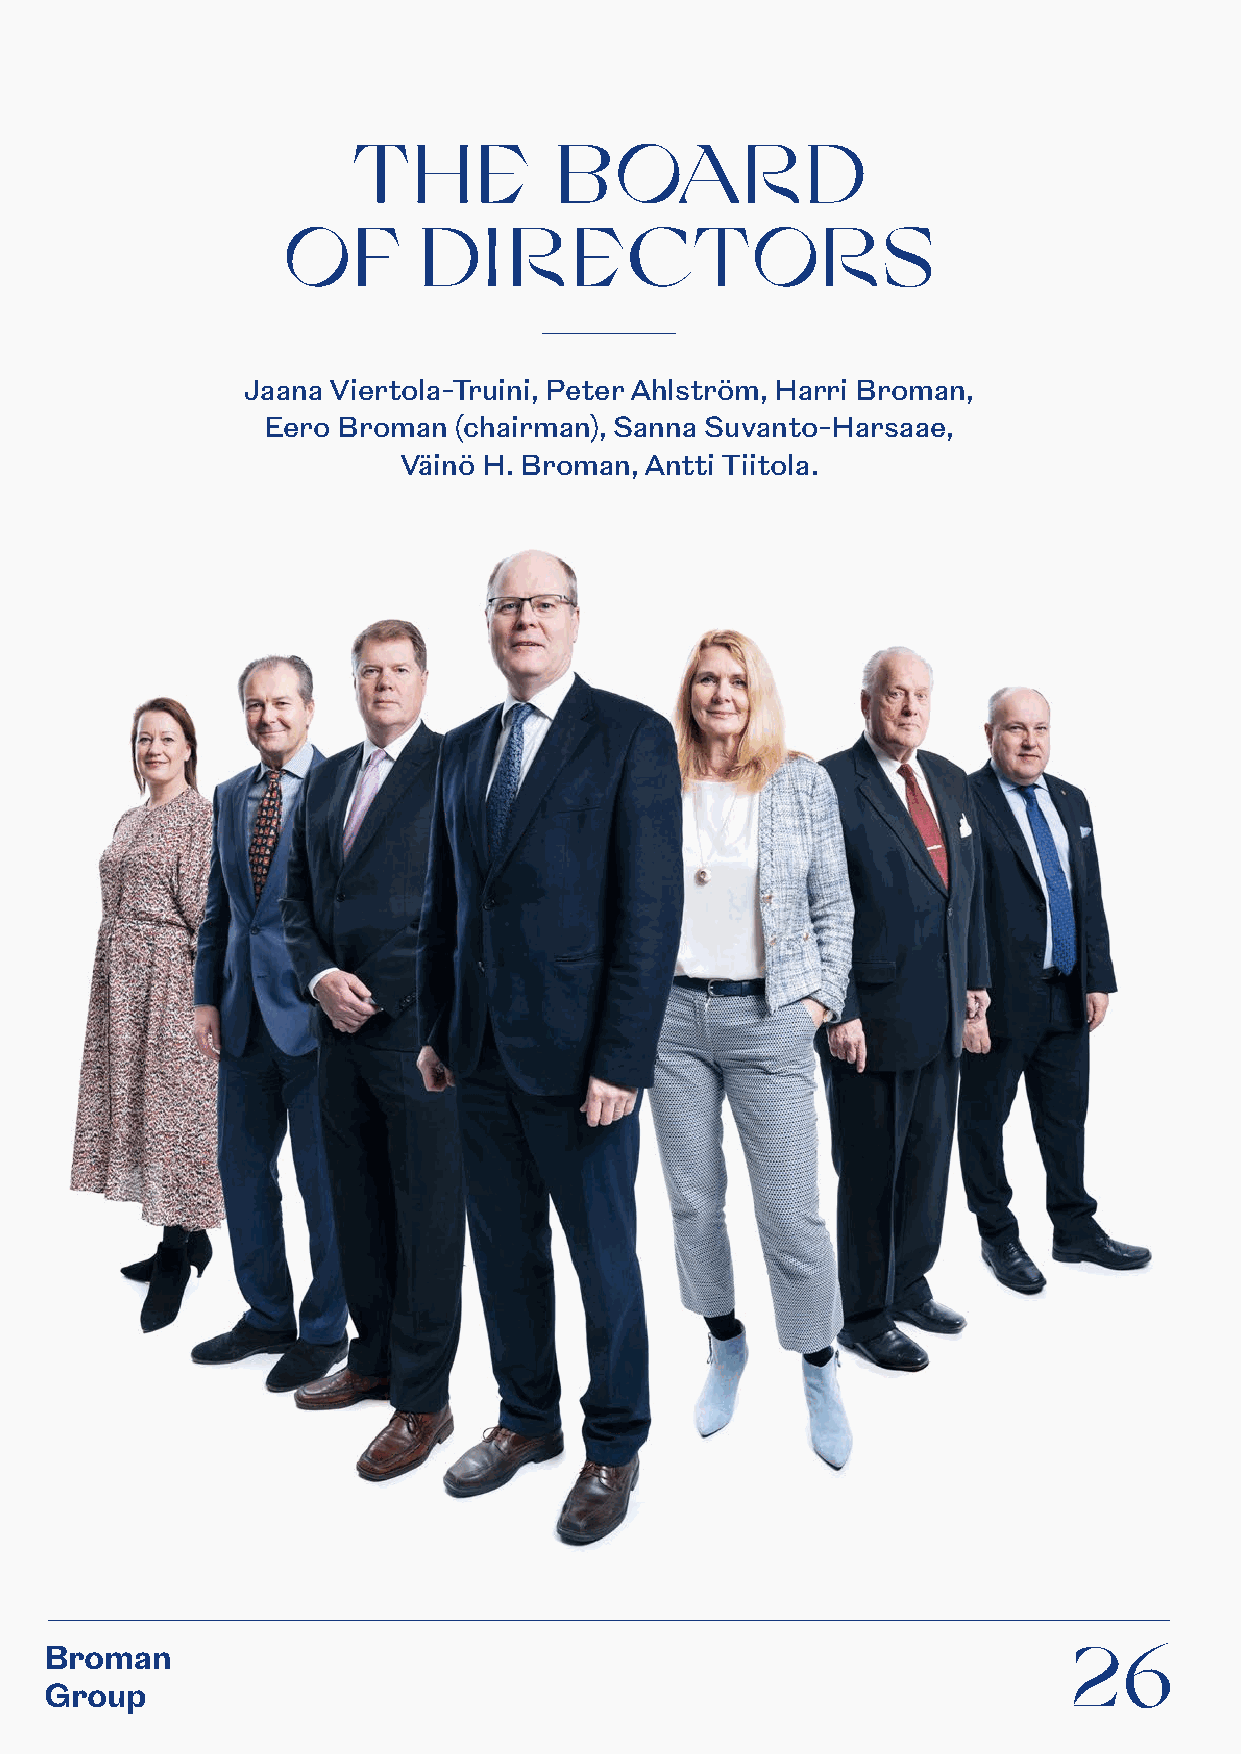
TH      E     BOARD
 OF       DI    RECTORS
 Jaana Viertola-Truini, Peter Ahlström, Harri Broman,
 Eero Broman  (chairman), Sanna Suvanto-Harsaae,
 Väinö H. Broman, Antti Tiitola.
 Broman                                                              26
 Group